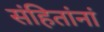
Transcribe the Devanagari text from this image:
संहितांनां